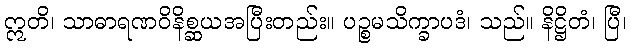
ဣတိ၊ သာဓာရဏဝိနိစ္ဆယအပြီးတည်း။ ပဉ္စမသိက္ခာပဒံ၊ သည်။ နိဋ္ဌိတံ၊ ပြီ၊